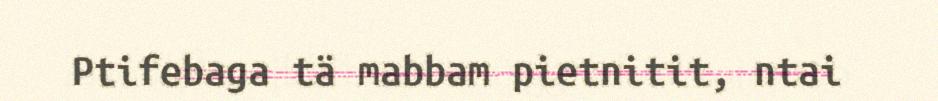
Ptifebaga tä mabbam pietnitit, ntai